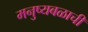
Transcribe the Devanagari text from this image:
मनुष्यबळाची